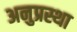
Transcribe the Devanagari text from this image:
अनुप्रस्था